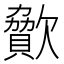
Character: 𣤥